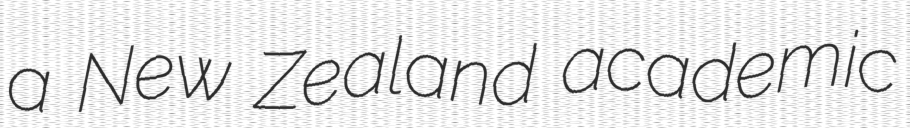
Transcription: a New Zealand academic